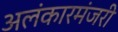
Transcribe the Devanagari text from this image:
अलंकारमंजरी